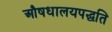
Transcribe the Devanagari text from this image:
औषधालयपद्धति